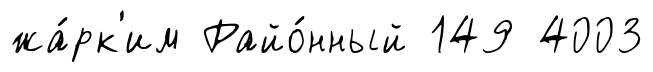
жа́рк'им Райо́нный 149 4003